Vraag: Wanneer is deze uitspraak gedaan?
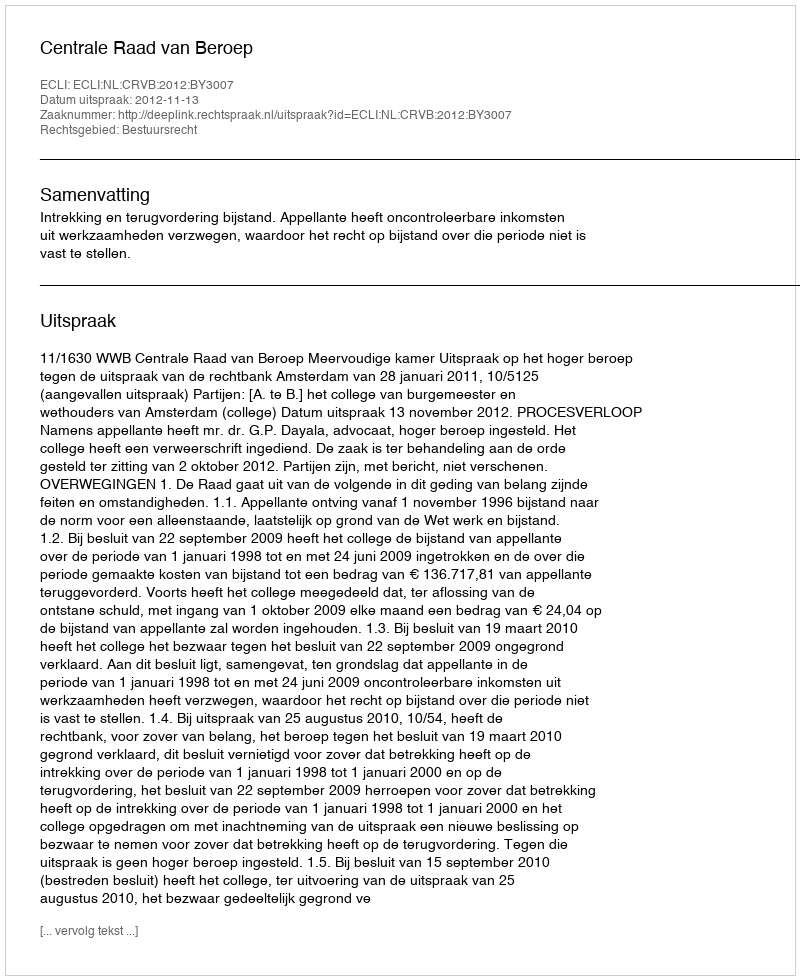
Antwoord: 2012-11-13